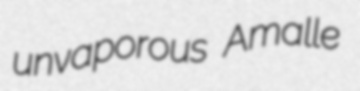
unvaporous Amalle